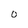
Character: O